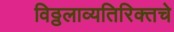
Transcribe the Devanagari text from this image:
विठ्ठलाव्यतिरिक्तचे